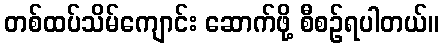
တစ်ထပ်သိမ်ကျောင်း ဆောက်ဖို့ စီစဉ်ရပါတယ်။